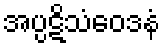
အပ္ပဋိသံဝေဒနံ